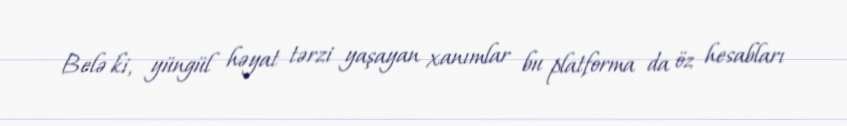
Belə ki, yüngül həyat tərzi yaşayan xanımlar bu platforma da öz hesabları